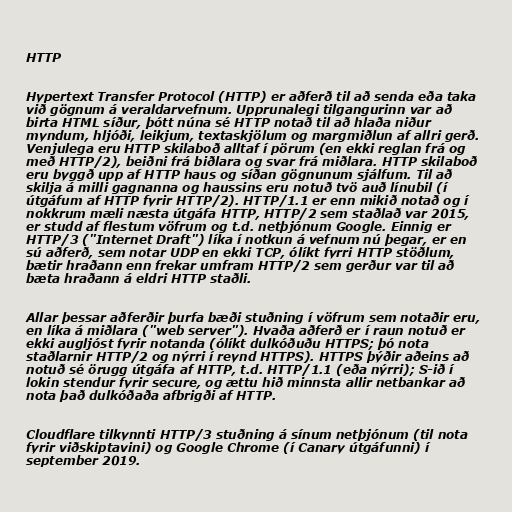
HTTP

Hypertext Transfer Protocol (HTTP) er aðferð til að senda eða taka
við gögnum á veraldarvefnum. Upprunalegi tilgangurinn var að
birta HTML síður, þótt núna sé HTTP notað til að hlaða niður
myndum, hljóði, leikjum, textaskjölum og margmiðlun af allri gerð.
Venjulega eru HTTP skilaboð alltaf í pörum (en ekki reglan frá og
með HTTP/2), beiðni frá biðlara og svar frá miðlara. HTTP skilaboð
eru byggð upp af HTTP haus og síðan gögnunum sjálfum. Til að
skilja á milli gagnanna og haussins eru notuð tvö auð línubil (í
útgáfum af HTTP fyrir HTTP/2). HTTP/1.1 er enn mikið notað og í
nokkrum mæli næsta útgáfa HTTP, HTTP/2 sem staðlað var 2015,
er studd af flestum vöfrum og t.d. netþjónum Google. Einnig er
HTTP/3 ("Internet Draft") líka í notkun á vefnum nú þegar, er en
sú aðferð, sem notar UDP en ekki TCP, ólíkt fyrri HTTP stöðlum,
bætir hraðann enn frekar umfram HTTP/2 sem gerður var til að
bæta hraðann á eldri HTTP staðli.

Allar þessar aðferðir þurfa bæði stuðning í vöfrum sem notaðir eru,
en líka á miðlara ("web server"). Hvaða aðferð er í raun notuð er
ekki augljóst fyrir notanda (ólíkt dulkóðuðu HTTPS; þó nota
staðlarnir HTTP/2 og nýrri í reynd HTTPS). HTTPS þýðir aðeins að
notuð sé örugg útgáfa af HTTP, t.d. HTTP/1.1 (eða nýrri); S-ið í
lokin stendur fyrir secure, og ættu hið minnsta allir netbankar að
nota það dulkóðaða afbrigði af HTTP.

Cloudflare tilkynnti HTTP/3 stuðning á sínum netþjónum (til nota
fyrir viðskiptavini) og Google Chrome (í Canary útgáfunni) í
september 2019.